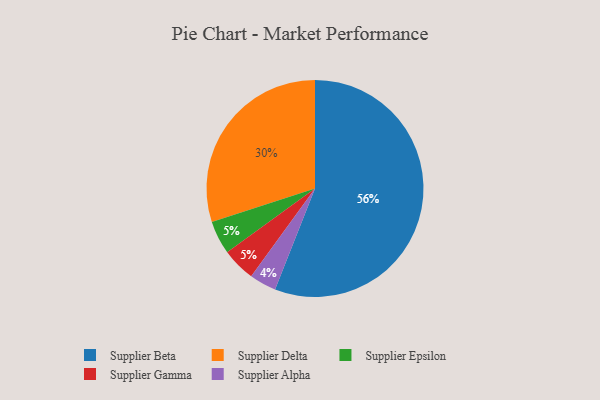
{"axis": {"x": "Category", "y": "Percentage"}, "legend": ["Supplier Alpha", "Supplier Beta", "Supplier Delta", "Supplier Epsilon", "Supplier Gamma"], "data": [{"x": "Supplier Epsilon", "y": 5, "type": "Supplier Epsilon"}, {"x": "Supplier Alpha", "y": 4, "type": "Supplier Alpha"}, {"x": "Supplier Delta", "y": 30, "type": "Supplier Delta"}, {"x": "Supplier Beta", "y": 56, "type": "Supplier Beta"}, {"x": "Supplier Gamma", "y": 5, "type": "Supplier Gamma"}]}